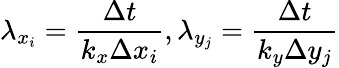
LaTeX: \lambda_{x_{i}}=\frac{\Delta t}{k_{x}\Delta x_{i}},\lambda_{y_{j}}=\frac{\Delta t}{k_{y}\Delta y_{j}}